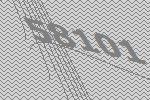
58101